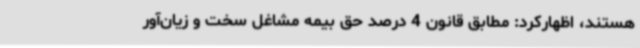
هستند، اظهارکرد: مطابق قانون 4 درصد حق بیمه مشاغل سخت و زیان‌آور